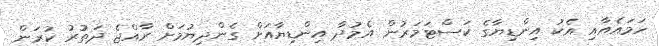
ހަމައެއާއި އެކު އިންޑިޔާގެ ކަސްޓަމަރުން އެމުދާ އިންޑިޔާއަށް ގެންދިޔުމަށް ރާއްޖެ ދަތުރު ކުރަން